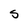
Character: S